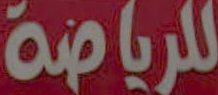
للرياضة